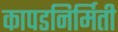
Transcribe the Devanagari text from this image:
कापडनिर्मिती